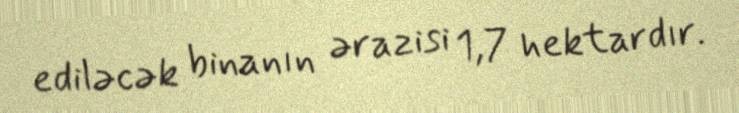
ediləcək binanın ərazisi 1,7 hektardır.